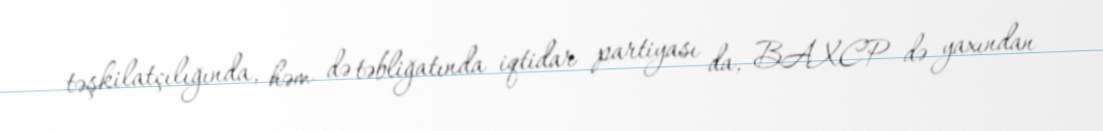
təşkilatçılığında, həm də təbliğatında iqtidar partiyası da, BAXCP də yaxından